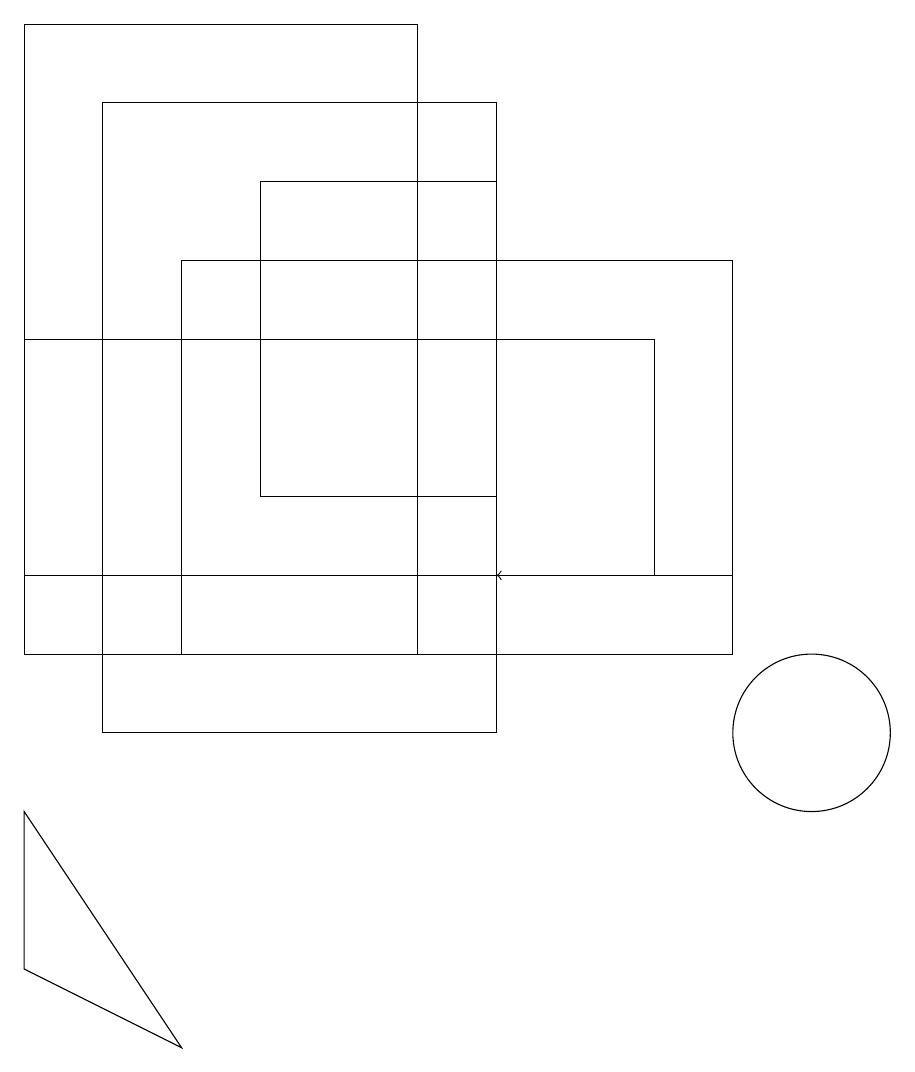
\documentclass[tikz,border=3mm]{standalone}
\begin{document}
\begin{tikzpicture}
\draw (10,10) circle (1);
\draw[->] (9,12) -- (6,12);
\draw (3,17) rectangle (6,13);
\draw (6,18) rectangle (1,10);
\draw (2,11) rectangle (9,16);
\draw (0,12) rectangle (8,15);
\draw (2,6) -- (0,7) -- (0,9) -- cycle;
\draw (5,19) rectangle (0,11);
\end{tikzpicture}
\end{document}